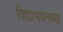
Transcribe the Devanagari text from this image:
विद्याभवनच्या